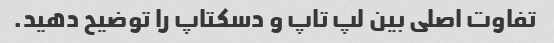
تفاوت اصلی بین لپ تاپ و دسکتاپ را توضیح دهید.